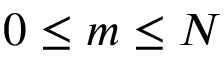
0 \leq m \leq N